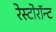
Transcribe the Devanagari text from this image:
रेस्टोरॉन्ट